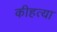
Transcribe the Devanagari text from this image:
कीहत्या